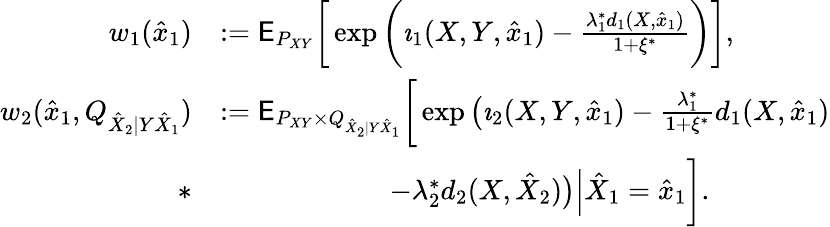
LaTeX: \begin{array}{rl}{w_{1}(\hat{x}_{1})}&{:=\mathsf{E}_{P_{XY}}\bigg[\exp\bigg(\imath_{1}(X,Y,\hat{x}_{1})-\frac{\lambda_{1}^{*}d_{1}(X,\hat{x}_{1})}{1+\xi^{*}}\bigg)\bigg],}\\ {w_{2}(\hat{x}_{1},Q_{\hat{X}_{2}|Y\hat{X}_{1}})}&{:=\mathsf{E}_{P_{XY}\times Q_{\hat{X}_{2}|Y\hat{X}_{1}}}\bigg[\exp\big(\imath_{2}(X,Y,\hat{x}_{1})-\frac{\lambda_{1}^{*}}{1+\xi^{*}}d_{1}(X,\hat{x}_{1})}\\ {*}&{\qquad\qquad\qquad-\lambda_{2}^{*}d_{2}(X,\hat{X}_{2})\big)\Big|\hat{X}_{1}=\hat{x}_{1}\bigg].}\end{array}